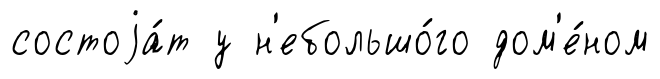
состоjа́т у н'ебольшо́го дом'е́ном